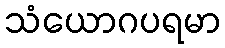
သံယောဂပရမာ